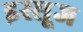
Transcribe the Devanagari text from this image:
इस्सूज